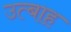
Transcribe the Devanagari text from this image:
उत्बाह